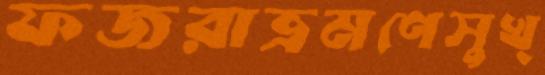
ফজরাভ্রমণেসুখ্